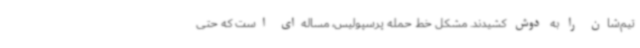
تیم‌شان را به دوش کشیدند. مشکل خط حمله پرسپولیس، مساله‌ای است که حتی